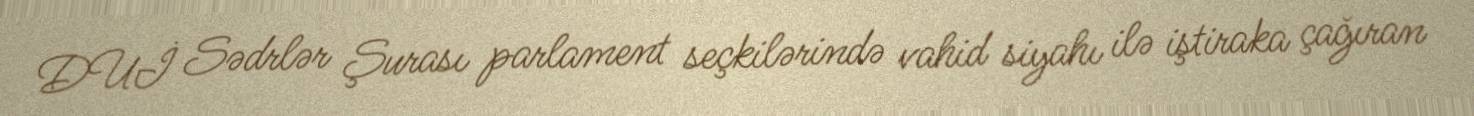
DUİ Sədrlər Şurası parlament seçkilərində vahid siyahı ilə iştiraka çağıran